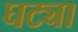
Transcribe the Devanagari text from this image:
घट्या